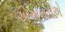
એએનડીએ